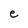
Character: e